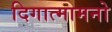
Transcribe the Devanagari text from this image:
दिगात्मामनो